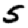
Digit: 5